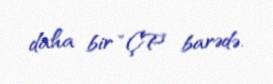
daha bir “ÇP” barədə.